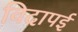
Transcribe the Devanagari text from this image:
विदापई